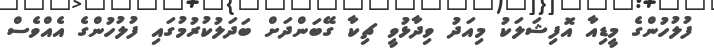
ފުލުހުންގެ މީޑިއާ އޮފިޝަލަކު މިއަދު ވިދާޅުވީ ޗިކާ ގޭބަންދަށް ބަދަލުކުރުމުގައި ފުލުހުންގެ އެއްވެސް